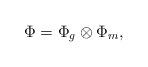
LaTeX: \begin{align*}\Phi = \Phi_{g} \otimes \Phi_m,\end{align*}